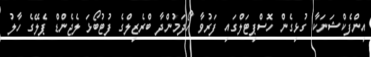
އިންފެކްޝަނަކާ ގުޅިގެން ހޮސްޕިޓަލްގައި ފަރުވާ ހޯދަމުންދާ ބްރެޒިލްގެ ފުޓުބޯޅަ ލެޖެންޑް ޕެލޭގެ ހާލު